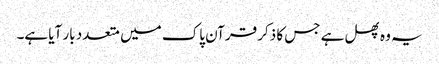
یہ وہ پھل ہے جس کا ذکر قرآن پاک میں متعدد بار آیا ہے۔